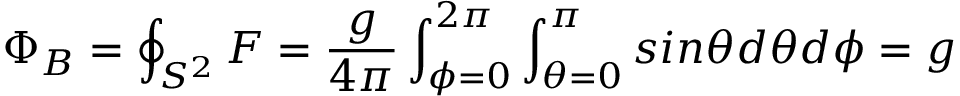
\Phi _ { B } = \oint _ { S ^ { 2 } } F = \frac { g } { 4 \pi } \int _ { \phi = 0 } ^ { 2 \pi } \int _ { \theta = 0 } ^ { \pi } s i n \theta d \theta d \phi = g